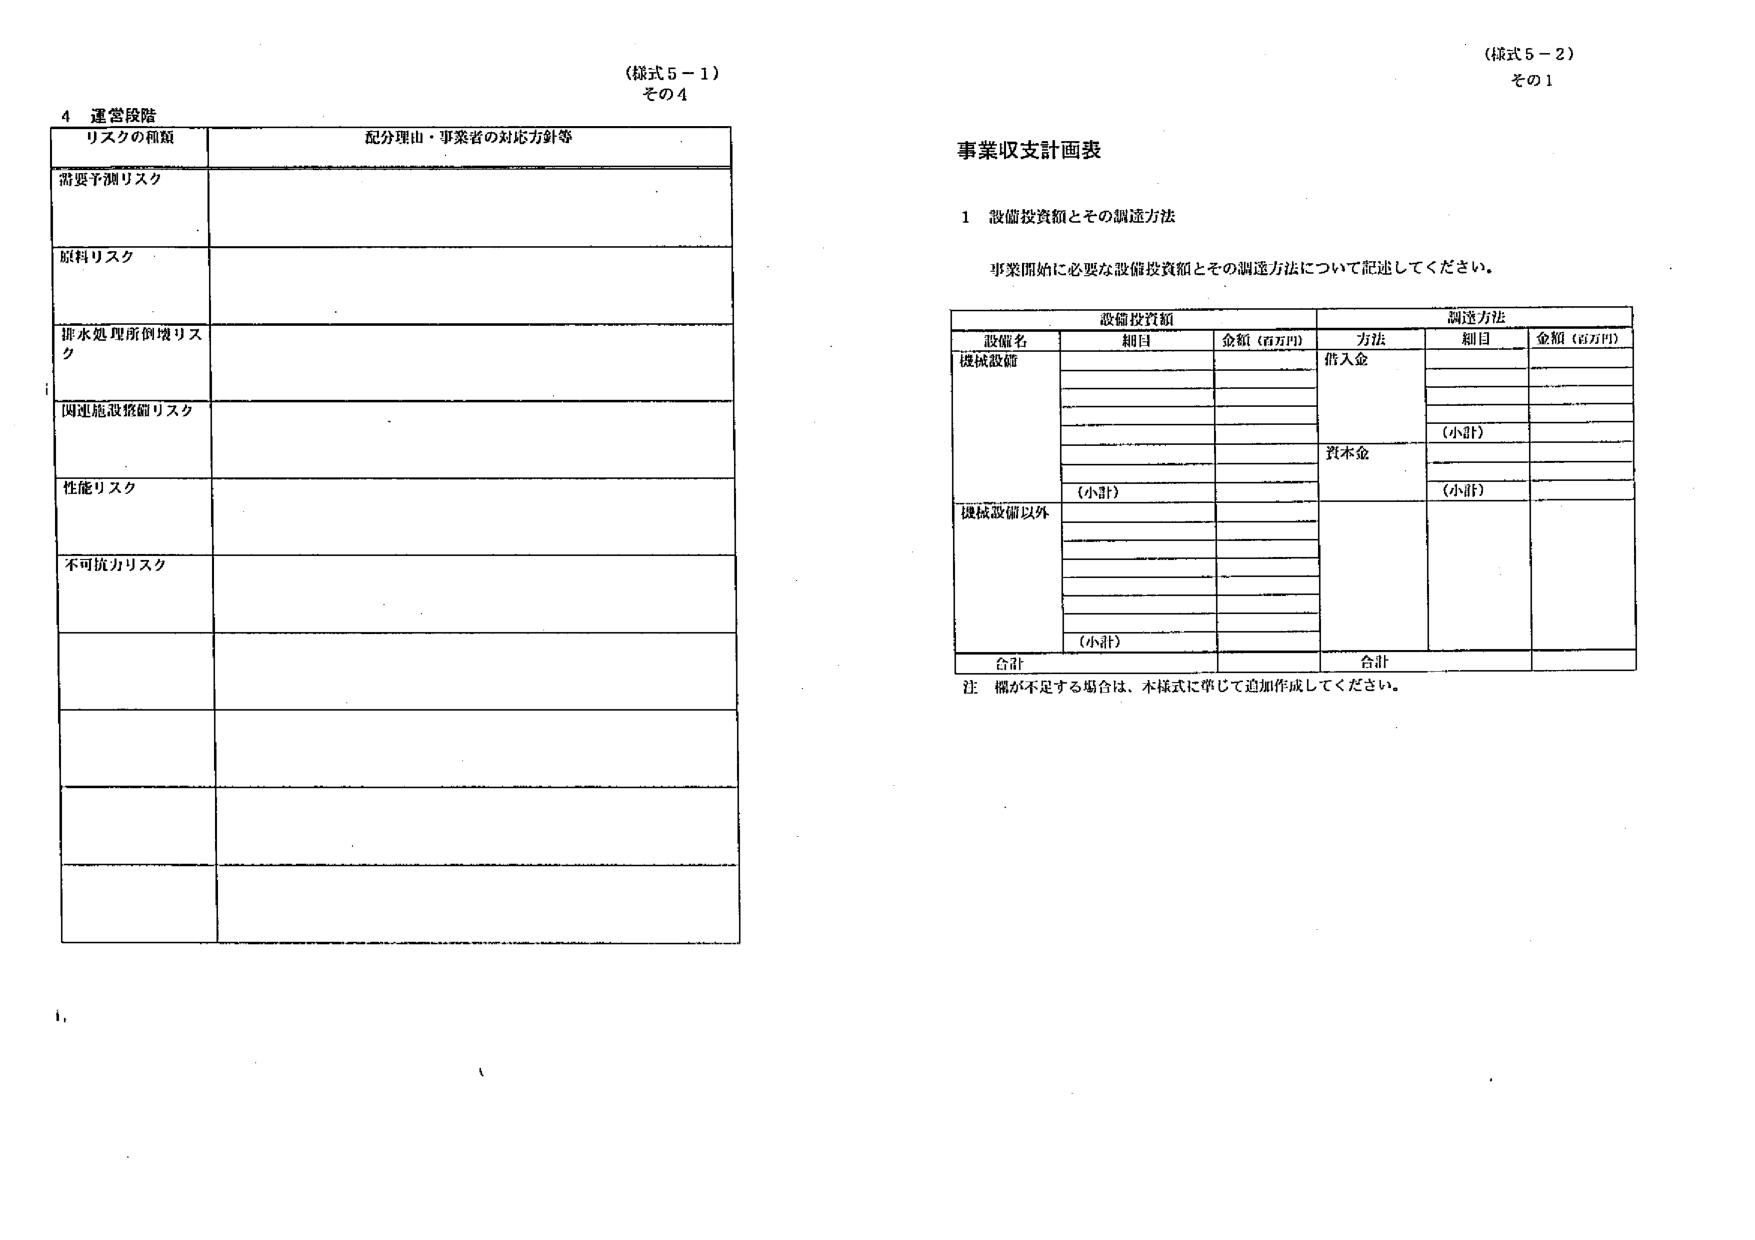
(様式5-1)
その4

4 運営段階
リスクの種類 配分理由・事業者の対応方針等
需要予測リスク
原料リスク
排水処理所倒壊リスク
関連施設格納リスク
性能リスク
不可抗力リスク

(様式5-2)
その1

事業収支計画表

1 設備投資額とその調達方法
事業開始に必要な設備投資額とその調達方法について記述してください。

設備投資額 調達方法
設備名 細目 金額（百万円） 方法 細目 金額（百万円）
機械設備 借入金
（小計）
資本金
（小計）
機械設備以外
（小計）
合計 合計

注 欄が不足する場合は、本様式に準じて追加作成してください。